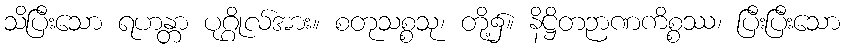
သိပြီးသော ရဟန္တာ ပုဂ္ဂိုလ်အား။ စတုသစ္စသု၊ တို့၌။ နိဋ္ဌိတဉာဏကိစ္စဿ၊ ပြီးပြီးသော